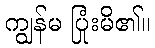
ကျွန်မ ပြုံးမိ၏။